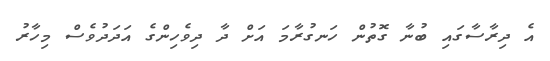
އެ ދިރާސާގައި ބުނާ ގޮތުން ހަނގުރާމަ އަށް ދާ ދިވެހިންގެ އަދަދުވެސް މިހާރު